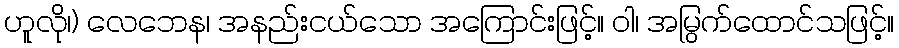
ဟူလို၊) လေဘေန၊ အနည်းငယ်သော အကြောင်းဖြင့်။ ဝါ၊ အမြွက်ထောင်သဖြင့်။